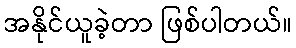
အနိုင်ယူခဲ့တာ ဖြစ်ပါတယ်။